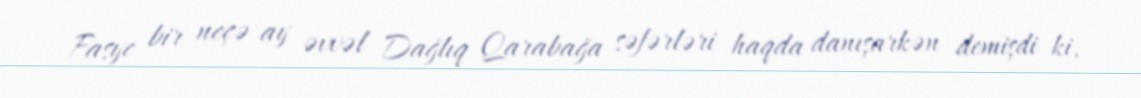
Fasye bir neçə ay əvvəl Dağlıq Qarabağa səfərləri haqda danışarkən demişdi ki,